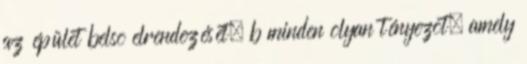
az épület belsõ elrendezését, b minden olyan tényezõt, amely